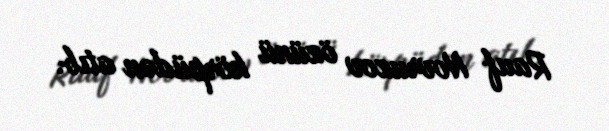
Rauf Novruzov özünü körpüdən atıb.